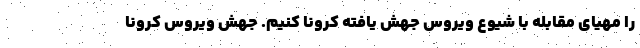
را مهیای مقابله با شیوع ویروس جهش یافته کرونا کنیم. جهش ویروس کرونا